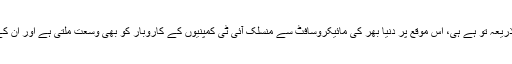
یہ پلیٹ فارم باہمی تجربات کے تبادلے کا موثر ذریعہ تو ہے ہی، اس موقع پر دنیا بھر کی مائیکروسافٹ سے منسلک آئی ٹی کمپنیوں کے کاروبار کو بھی وسعت ملتی ہے اور ان کے درمیان باہمی تجارت کی نئی راہیں کھلتی ہیں۔